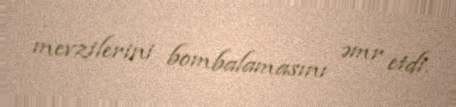
mevzilerini bombalamasını əmr etdi.